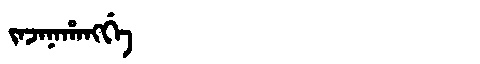
Manchu: ᠵᠠᠵᠠᠨᠠᡥᠠᠩᡤᡝ
Romanization: JAJANAHANGGE